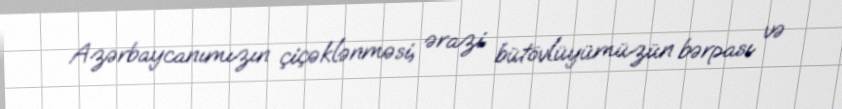
Azərbaycanımızın çiçəklənməsi, ərazi bütövlüyümüzün bərpası və